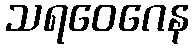
သရဝေဂေန